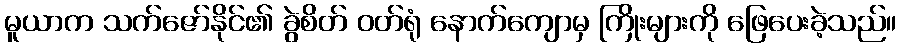
မူယာက သက်ဇော်နိုင်၏ ခွဲစိတ် ဝတ်ရုံ နောက်ကျောမှ ကြိုးများကို ဖြေပေးခဲ့သည်။